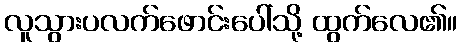
လူသွားပလက်ဖောင်းပေါ်သို့ ထွက်လေ၏။